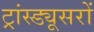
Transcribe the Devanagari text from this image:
ट्रांस्ड्यूसरों